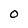
Character: O